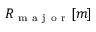
R _ { \mathrm { ~ m ~ a ~ j ~ o ~ r ~ } } [ m ]